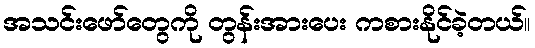
အသင်းဖော်တွေကို တွန်းအားပေး ကစားနိုင်ခဲ့တယ်။